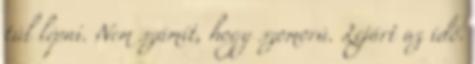
túl lépni. Nem számít, hogy szomorú. Lejárt az idő.